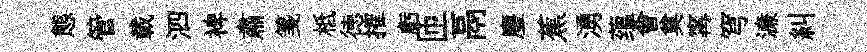
態管載泗裨肅箋柢徳搉虧匝鬲麈蕉湧蕴會奠𡩋穹濓糾